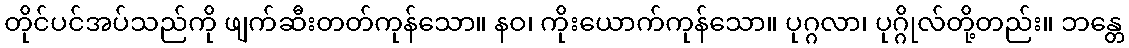
တိုင်ပင်အပ်သည်ကို ဖျက်ဆီးတတ်ကုန်သော။ နဝ၊ ကိုးယောက်ကုန်သော။ ပုဂ္ဂလာ၊ ပုဂ္ဂိုလ်တို့တည်း။ ဘန္တေ